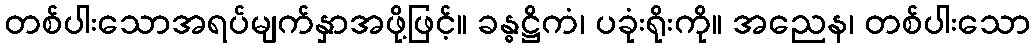
တစ်ပါးသောအရပ်မျက်နှာအဖို့ဖြင့်။ ခန္ဓဋ္ဌိကံ၊ ပခုံးရိုးကို။ အညေန၊ တစ်ပါးသော